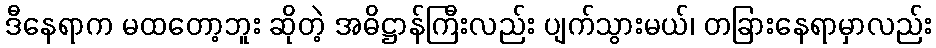
ဒီနေရာက မထတော့ဘူး ဆိုတဲ့ အဓိဋ္ဌာန်ကြီးလည်း ပျက်သွားမယ်၊ တခြားနေရာမှာလည်း